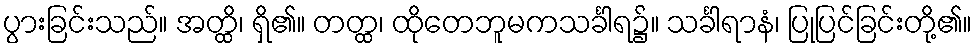
ပွားခြင်းသည်။ အတ္ထိ၊ ရှိ၏။ တတ္ထ၊ ထိုတေဘူမကသင်္ခါရ၌။ သင်္ခါရာနံ၊ ပြုပြင်ခြင်းတို့၏။